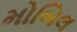
મોબિલ